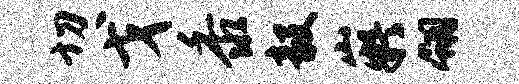
切戈黍毅嶷翎